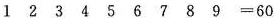
1 2 3 4 5 6 7 8 9 =60